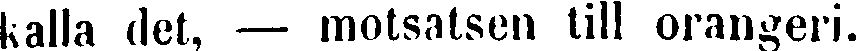
kalla det, — motsatsen till orangeri.